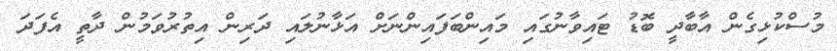
މުސްކުޅިގެން އާބާދީ ބޮޑު ޓައިވާނުގައި މައިންބަފައިންނަށް އަޅާނުލައި ދަރިން އިތުރުވަމުން ދާތީ އެފަދަ